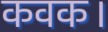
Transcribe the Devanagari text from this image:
कवक।